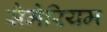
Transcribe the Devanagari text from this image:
सैमेरियम